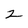
Character: z